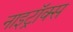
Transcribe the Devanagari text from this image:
नाइट्रॉक्स